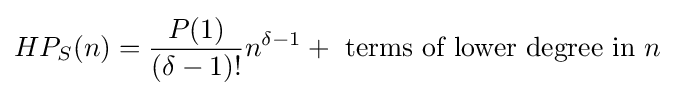
HP_{S}(n)={\frac {P(1)}{(\delta -1)!}}n^{\delta -1}+{\text{ terms of lower degree in }}n